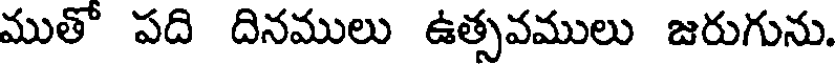
ముతో పది దినములు ఉత్సవములు జరుగును.